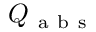
Q _ { \mathrm { ~ a ~ b ~ s ~ } }